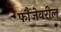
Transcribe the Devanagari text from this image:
फौजेवरील